Civil Veterinary Department. Madras. Admin. report 1926-33 - 1926-1933
Year: 1926
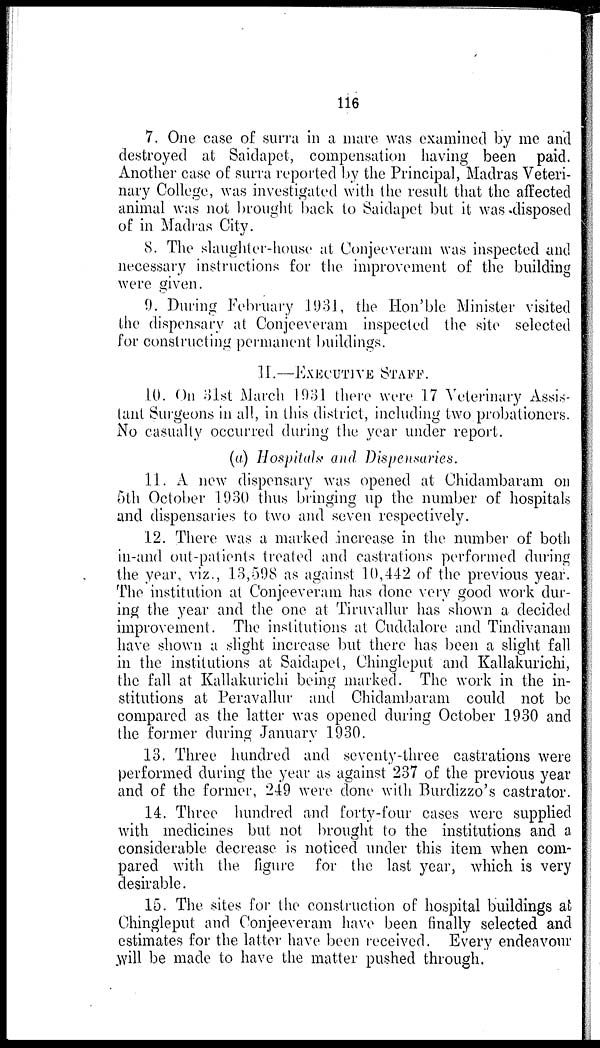
116
7. One case of surra in a mare was examined by me and
destroyed at Saidapet, compensation having been paid.
Another case of surra reported by the Principal, Madras Veteri-
nary College, was investigated with the result that the affected
animal was not brought back to Saidapet but it was disposed
of in Madras City.
8. The slaughter-house at Conjeeveram was inspected and
necessary instructions for the improvement of the building
were given.
9. During February 1931, the Hon'ble Minister visited
the dispensary at Conjeeveram inspected the site selected
for constructing permanent buildings.
II.—EXECUTIVE STAFF.
10. On 31st March 1931 there were 17 Veterinary Assis-
tant Surgeons in all, in this district, including two probationers.
No casualty occurred during the year under report.
(a) Hospitals and Dispensaries.
11. A new dispensary was opened at Chidambaram on
5th October 1930 thus bringing up the number of hospitals
and dispensaries to two and seven respectively.
12. There was a marked increase in the number of both
in-and out-patients treated and castrations performed during
the year, viz., 13,598 as against 10,442 of the previous year.
The institution at Conjeeveram has done very good work dur-
ing the year and the one at Tiruvallur has shown a decided
improvement. The institutions at Cuddalore and Tindivanam
have shown a slight increase but there has been a slight fall
in the institutions at Saidapet, Chingleput and Kallakurichi,
the fall at Kallakurichi being marked. The work in the in-
stitutions at Peravallur and Chidambaram could not be
compared as the latter was opened during October 1930 and
the former during January 1930.
13. Three hundred and seventy-three castrations were
performed during the year as against 237 of the previous year
and of the former, 249 were done with Burdizzo's castrator.
14. Three hundred and forty-four cases were supplied
with medicines but not brought to the institutions and a
considerable decrease is noticed under this item when com-
pared with the figure for the last year, which is very
desirable.
15. The sites for the construction of hospital buildings at
Chingleput and Conjeeveram have been finally selected and
estimates for the latter have been received. Every endeavour
will be made to have the matter pushed through.